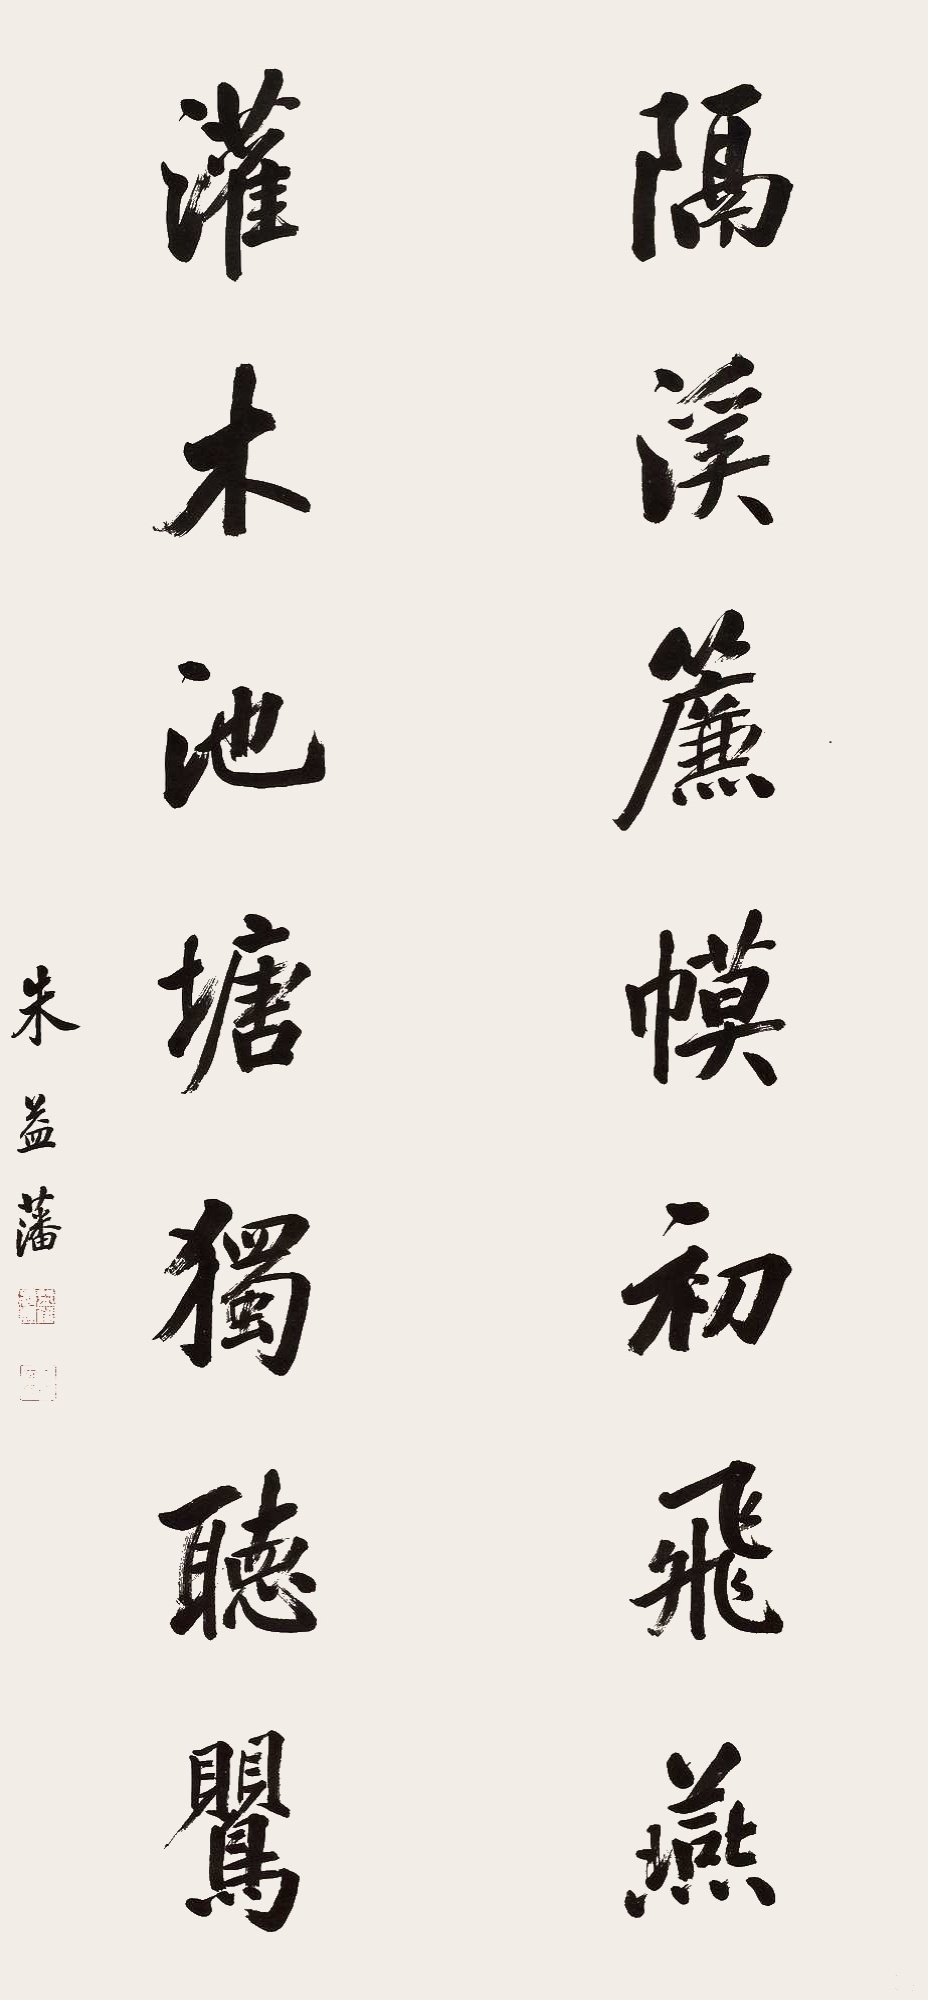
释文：隔溪帘幙初飞燕，灌木池塘独听莺。朱益藩。